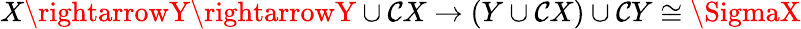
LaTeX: X\rightarrowY\rightarrowY\cup\mathcal{C}X\rightarrow(Y\cup\mathcal{C}X)\cup\mathcal{C}Y\cong\SigmaX